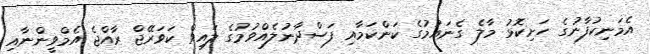
އެމަނިކުފާނުގެ ހަށިކޮޅު މާލެ ގެނައުމުގެ ކަންކަމާއި ފަސްދާނުލެއްވުމުގެ ލައިވް ކަވަރޭޖް ރާއްޖެ އެމްވީންނާއި